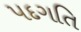
પદગતિ